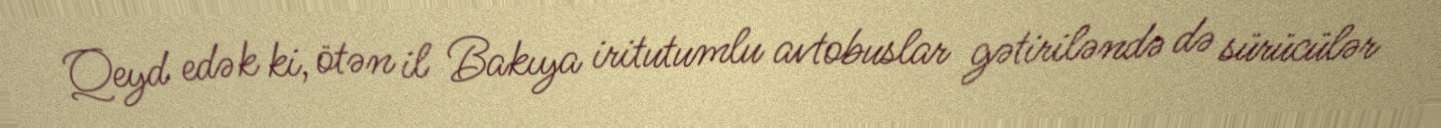
Qeyd edək ki, ötən il Bakıya iritutumlu avtobuslar gətiriləndə də sürücülər